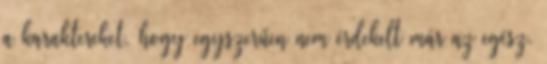
a karaktereket, hogy egyszerűen nem érdekelt már az egész.